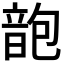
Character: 𩐜